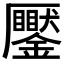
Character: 𠫎